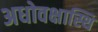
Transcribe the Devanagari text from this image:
अधोवक्षास्थि